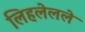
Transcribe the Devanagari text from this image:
लिहलेलले